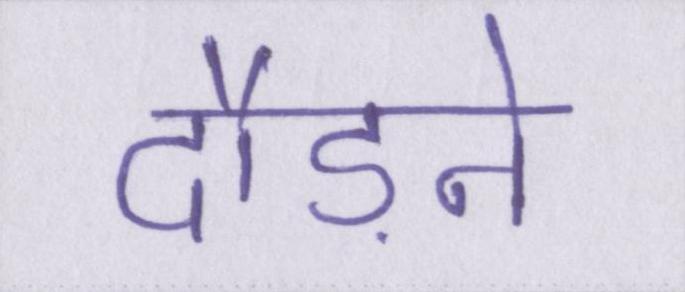
दौड़ने